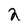
Character: 2